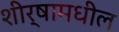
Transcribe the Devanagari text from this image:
शीर्षामधील